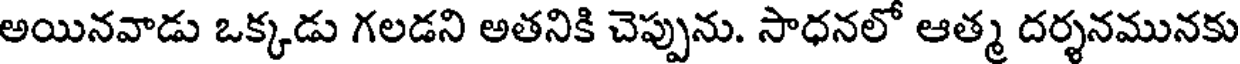
అయినవాడు ఒక్కడు గలడని అతనికి చెప్పును. సాధనలో ఆత్మ దర్శనమునకు